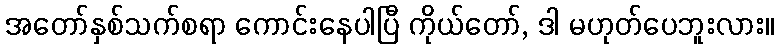
အတော်နှစ်သက်စရာ ကောင်းနေပါပြီ ကိုယ်တော်, ဒါ မဟုတ်ပေဘူးလား။